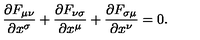
{ \frac { \partial F _ { \mu \nu } } { \partial x ^ { \sigma } } } + { \frac { \partial F _ { \nu \sigma } } { \partial x ^ { \mu } } } + { \frac { \partial F _ { \sigma \mu } } { \partial x ^ { \nu } } } = 0 .